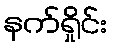
နက်ရှိုင်း